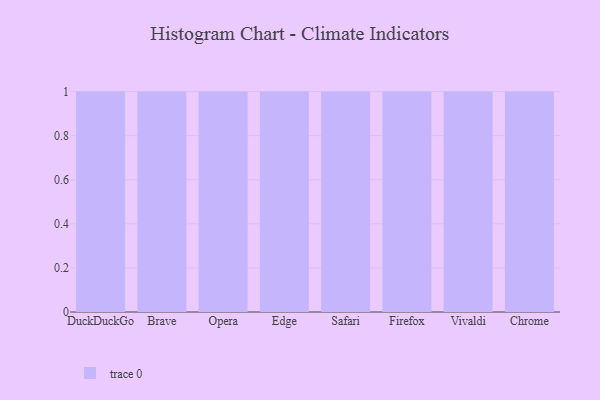
{"axis": {"x": "Browser", "y": "Headcount"}, "legend": [""], "data": [{"x": "DuckDuckGo", "y": 32, "type": ""}, {"x": "Brave", "y": 84, "type": ""}, {"x": "Opera", "y": 32, "type": ""}, {"x": "Edge", "y": 83, "type": ""}, {"x": "Safari", "y": 2, "type": ""}, {"x": "Firefox", "y": 14, "type": ""}, {"x": "Vivaldi", "y": 2, "type": ""}, {"x": "Chrome", "y": 48, "type": ""}]}